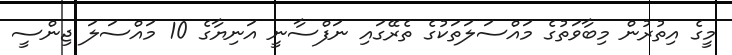
މީގެ އިތުރުން މިބާވަތުގެ މައްސަލަތަކުގެ ތެރޭގައި ނަފްސާނީ އަނިޔާގެ 10 މައްސަލަ ޖިންސީ